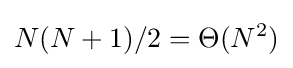
N(N+1)/2=\Theta (N^{2})